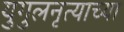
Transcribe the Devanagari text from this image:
युगुलनृत्याच्या